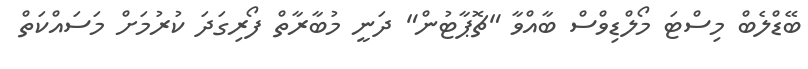
ބޭޑްލެބް މިސްޓަ މޯލްޑިވްސް ބާއްވާ "ޗޮޕާޓުން" ދަނީ މުބާރާތް ފޯރިގަދަ ކުރުމަށް މަސައްކަތް